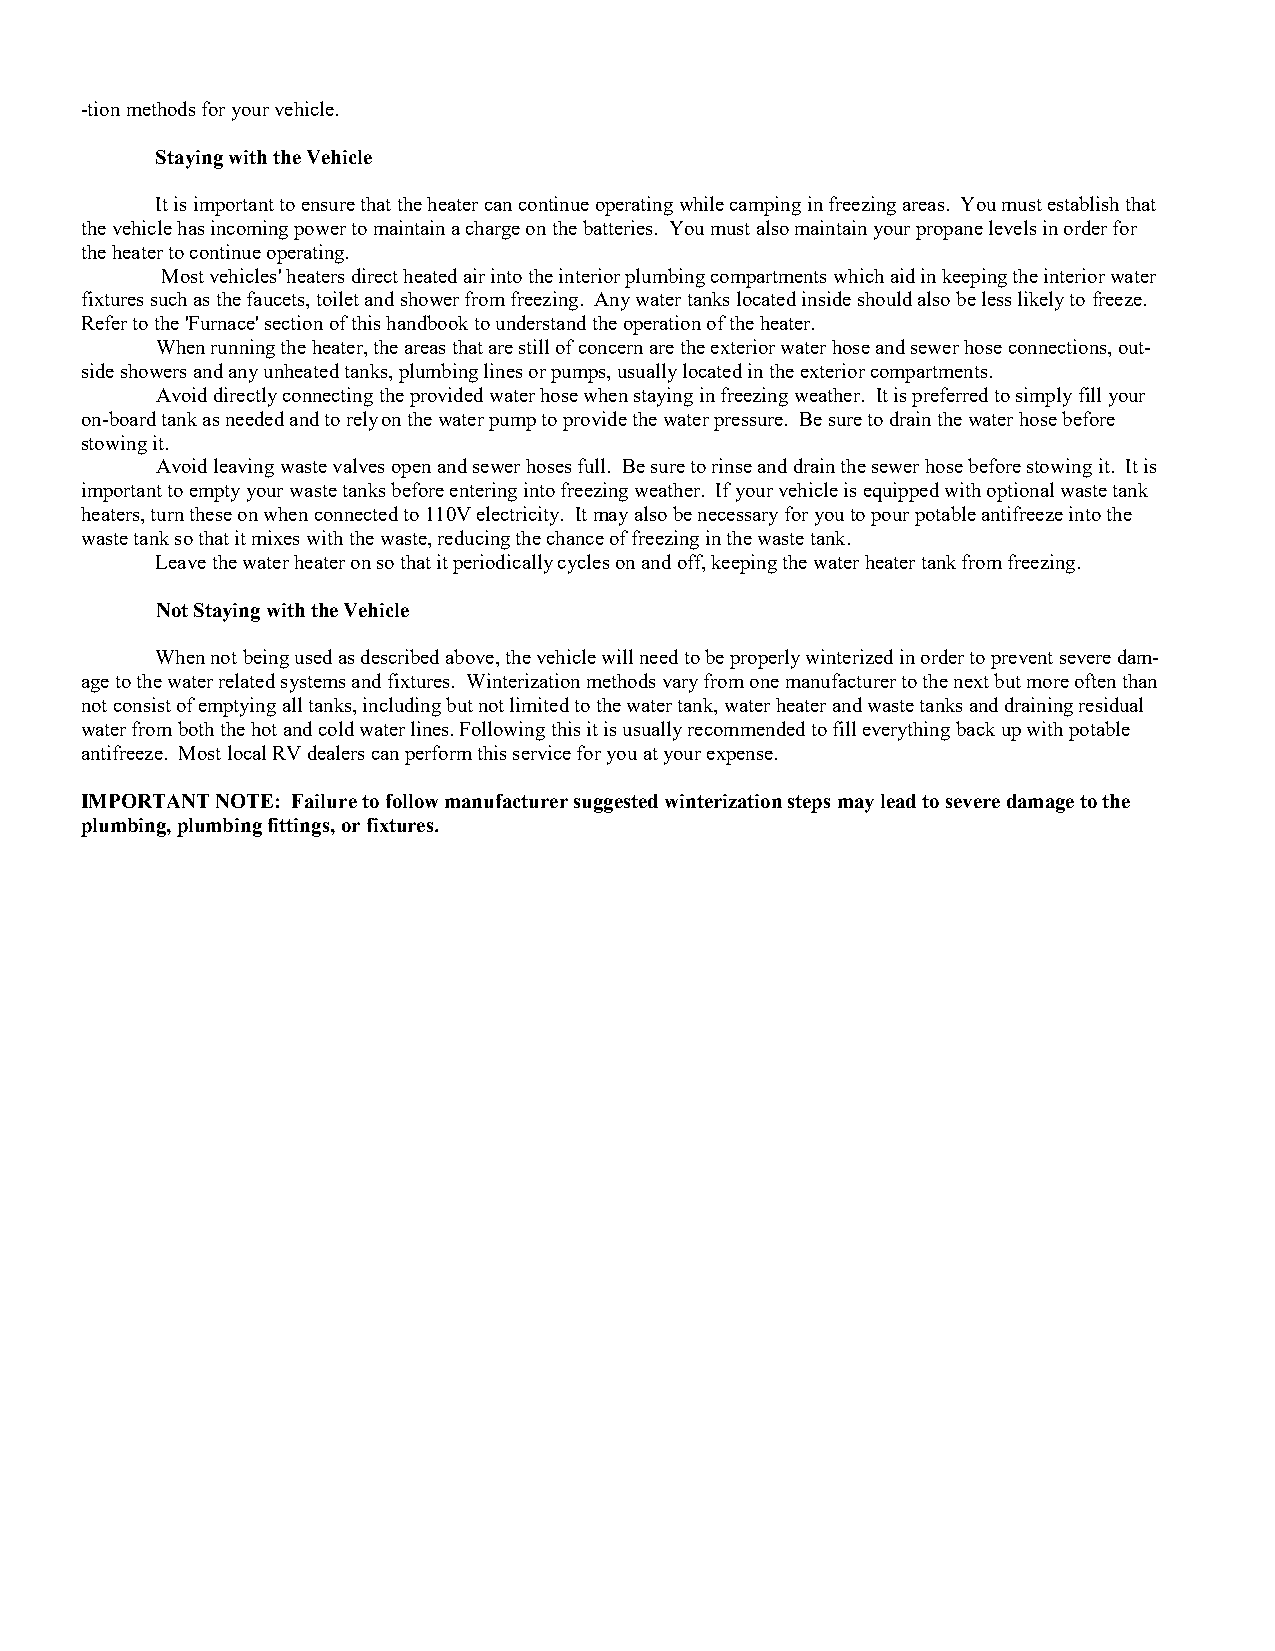
-tion methods for your vehicle.
 Staying with the Vehicle
 It is important to ensure that the heater can continue operating while camping in freezing areas. You must establish that
 the vehicle has incoming power to maintain a charge on the batteries. You must also maintain your propane levels in order for
 the heater to continue operating.
 Most vehicles' heaters direct heated air into the interior plumbing compartments which aid in keeping the interior water
 fixtures such as the faucets, toilet and shower from freezing. Any water tanks located inside should also be less likely to freeze.
 Refer to the 'Furnace' section of this handbook to understand the operation of the heater.
 When running the heater, the areas that are still of concern are the exterior water hose and sewer hose connections, out-
 side showers and any unheated tanks, plumbing lines or pumps, usually located in the exterior compartments.
 Avoid directly connecting the provided water hose when staying in freezing weather. It is preferred to simply fill your
 on-board tank as needed and to rely on the water pump to provide the water pressure. Be sure to drain the water hose before
 stowing it.
 Avoid leaving waste valves open and sewer hoses full. Be sure to rinse and drain the sewer hose before stowing it. It is
 important to empty your waste tanks before entering into freezing weather. If your vehicle is equipped with optional waste tank
 heaters, turn these on when connected to 110V electricity. It may also be necessary for you to pour potable antifreeze into the
 waste tank so that it mixes with the waste, reducing the chance of freezing in the waste tank.
 Leave the water heater on so that it periodically cycles on and off, keeping the water heater tank from freezing.
 Not Staying with the Vehicle
 When not being used as described above, the vehicle will need to be properly winterized in order to prevent severe dam-
 age to the water related systems and fixtures. Winterization methods vary from one manufacturer to the next but more often than
 not consist of emptying all tanks, including but not limited to the water tank, water heater and waste tanks and draining residual
 water from both the hot and cold water lines. Following this it is usually recommended to fill everything back up with potable
 antifreeze. Most local RV dealers can perform this service for you at your expense.
 IMPORTANT NOTE: Failure to follow manufacturer suggested winterization steps may lead to severe damage to the
 plumbing, plumbing fittings, or fixtures.